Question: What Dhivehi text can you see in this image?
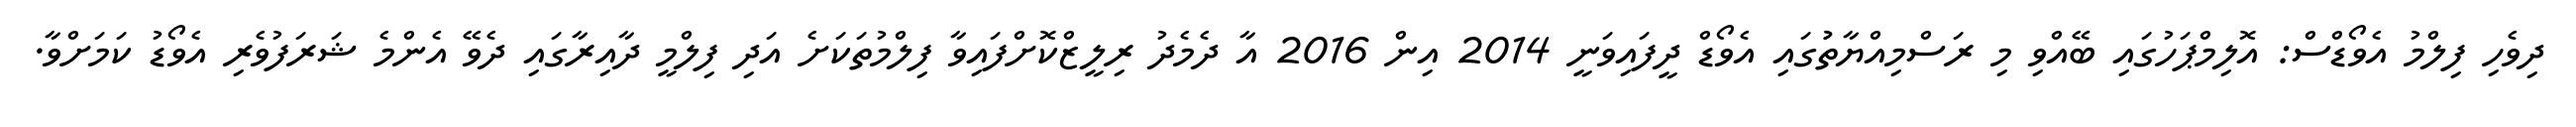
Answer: ދިވެހި ފިލްމު އެވޯޑްސް: އޮލިމްޕަހުގައި ބޭއްވި މި ރަސްމިއްޔާތުުގައި އެވޯޑް ދީފައިވަނީ 2014 އިން 2016 އާ ދެމެދު ރިލީޒްކޮށްފައިވާ ފިލްމުތަކަށެ އަދި ފިލްމީ ދާއިރާގައި ދެވޭ އެންމެ ޝަރަފުވެރި އެވޯޑު ކަމަށްވާ.